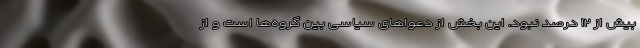
بیش از ۱۲ درصد نبود. این بخش از دعواهای سیاسی بین گروه‌ها است و از